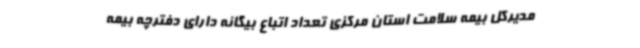
مدیرکل بیمه سلامت استان مرکزی تعداد اتباع بیگانه دارای دفترچه بیمه